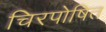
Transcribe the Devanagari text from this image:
चिरपोषित